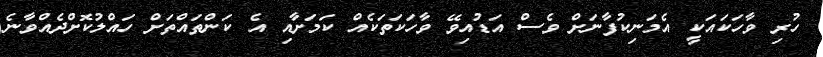
ހުރި ވާހަކައަކީ އެމަނިކުފާނަށް ވެސް އަޑުއިވޭ ވާހަކަތަކެއް ކަމަށާއި އެ ކަންތައްތަށް ހައްލުކޮށްދެއްވާނެ